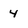
Character: 4